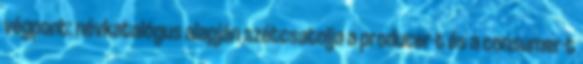
végpont: névkatalógus alapján szétcsatolja a producer-t és a consumer-t